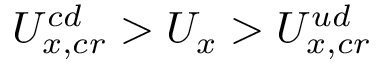
U _ { x , c r } ^ { c d } > U _ { x } > U _ { x , c r } ^ { u d }